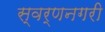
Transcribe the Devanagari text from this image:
स्‍वर्णनगरी